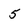
Character: 5